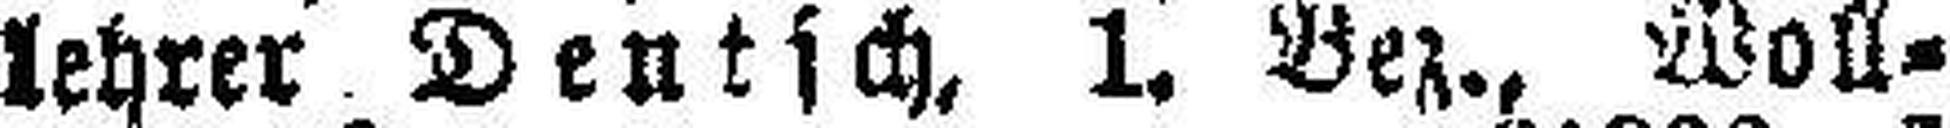
lehrer Deutsch, 1. Bez., Woll¬